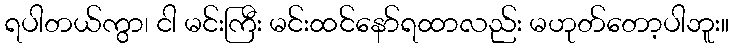
ရပါတယ်ကွာ၊ ငါ မင်းကြီး မင်းထင်နော်ရထာလည်း မဟုတ်တော့ပါဘူး။